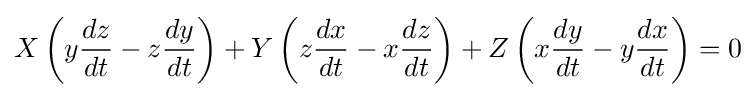
X\left(y{dz \over dt}-z{dy \over dt}\right)+Y\left(z{dx \over dt}-x{dz \over dt}\right)+Z\left(x{dy \over dt}-y{dx \over dt}\right)=0